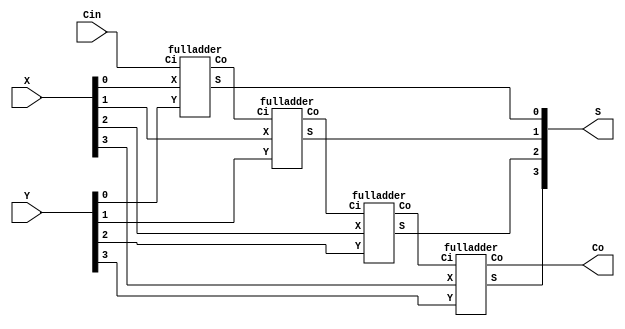
//////////////////   ripple_adder  /////////////////
module ripple_adder(X, Y, S, Co, Cin);
	input [3:0] X, Y;// Two 4-bit inputs
	input Cin;
	output [3:0] S;
	output Co;

	wire w1,w2,w3;
 // instantiating 4 1-bit full adders in Verilog
	fulladder u1(.X(X[0]), .Y(Y[0]), .Ci(Cin), .S(S[0]), .Co(w1));
	fulladder u2(.X(X[1]), .Y(Y[1]), .Ci(w1), .S(S[1]), .Co(w2));
	fulladder u3(.X(X[2]), .Y(Y[2]), .Ci(w2), .S(S[2]), .Co(w3));
	fulladder u4(.X(X[3]), .Y(Y[3]), .Ci(w3), .S(S[3]), .Co(Co));
endmodule 

///////////////// full adder   ///////////////
module fulladder(X,Y,Ci,S,Co);
	input X, Y, Ci;
	output S, Co;
  
	assign S = X ^ Y ^ Ci;
	assign Co = (X&Y)|(X&Ci)|(Y&Ci);
	
endmodule